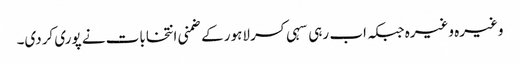
وغیرہ وغیرہ جبکہ اب رہی سہی کسر لاہور کے ضمنی انتخابات نے پوری کردی۔